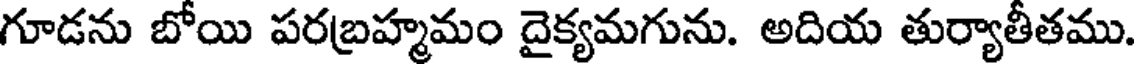
గూడను బోయి పరబ్రహ్మమం దైక్యమగును. అదియ తుర్యాతీతము.